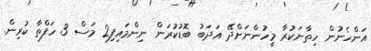
އަންހެނުން ހިތާނަކުރާ މީހުންނަށްދޭ އަދަބު ބޮޑުކުރަން ނިންމައިފި2 މަސް 3 ހަފްތާ ކުރިން.